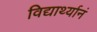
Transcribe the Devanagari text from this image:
विद्यार्थ्यानं